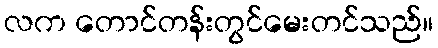
လက တောင်တန်းတွင်မေးတင်သည်။